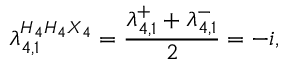
\lambda _ { 4 , 1 } ^ { H _ { 4 } H _ { 4 } X _ { 4 } } = \frac { \lambda _ { 4 , 1 } ^ { + } + \lambda _ { 4 , 1 } ^ { - } } { 2 } = - i ,